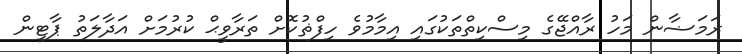
ރަމަޟާން މަހު ރާއްޖޭގެ މިސްކިތްތަކުގައި އިމާމުވެ ހިފްޡުކޮށް ތަރާވީޙް ކުރުމަށް އަދާލަތު ޕާޓީން